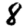
Digit: 8